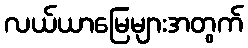
လယ်ယာမြေများအတွက်